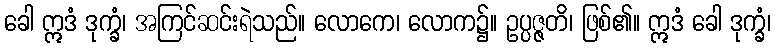
ခေါ ဣဒံ ဒုက္ခံ၊ အကြင်ဆင်းရဲသည်။ လောကေ၊ လောက၌။ ဥပ္ပဇ္ဇတိ၊ ဖြစ်၏။ ဣဒံ ခေါ ဒုက္ခံ၊